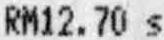
RM12.70 S